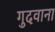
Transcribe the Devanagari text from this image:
गुदवाना